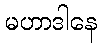
မဟာဒါနေ